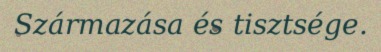
Származása és tisztsége.